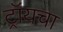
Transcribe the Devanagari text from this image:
ट्रॉयचा